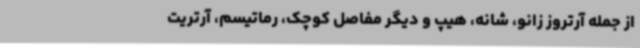
از جمله آرتروز زانو، شانه، هیپ و دیگر مفاصل کوچک، رماتیسم، آرتریت